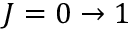
J = 0 \rightarrow 1